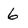
Character: 6